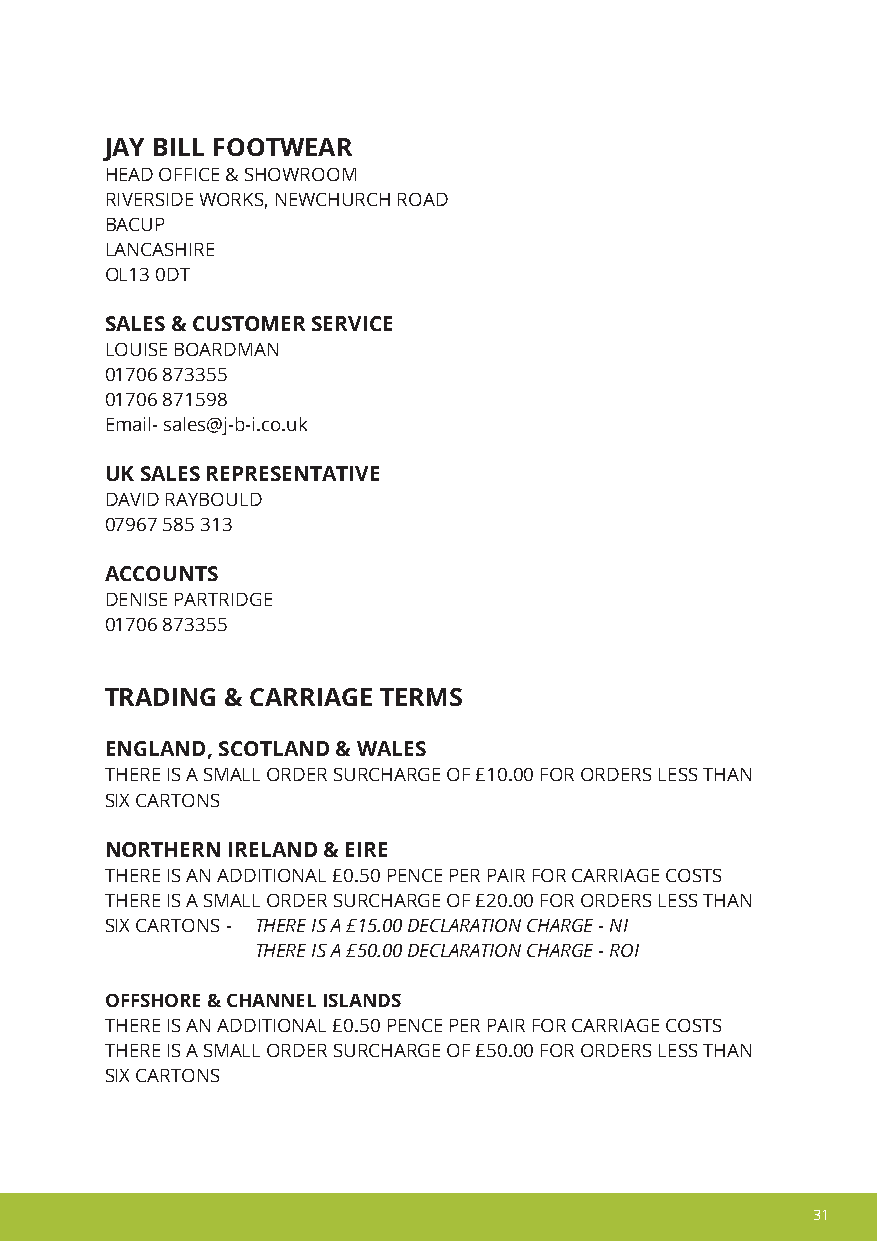
JAY BILL FOOTWEAR
 HEAD OFFICE & SHOWROOM
 RIVERSIDE WORKS, NEWCHURCH ROAD
 BACUP
 LANCASHIRE
 OL13 0DT
 SALES & CUSTOMER SERVICE
 LOUISE BOARDMAN
 01706 873355
 01706 871598
 Email- sales@j-b-i.co.uk
 UK SALES REPRESENTATIVE
 DAVID RAYBOULD
 07967 585 313
 ACCOUNTS
 DENISE PARTRIDGE
 01706 873355
 TRADING & CARRIAGE TERMS
 ENGLAND, SCOTLAND & WALES
 THERE IS A SMALL ORDER SURCHARGE OF £10.00 FOR ORDERS LESS THAN
 SIX CARTONS
 NORTHERN IRELAND & EIRE
 THERE IS AN ADDITIONAL £0.50 PENCE PER PAIR FOR CARRIAGE COSTS
 THERE IS A SMALL ORDER SURCHARGE OF £20.00 FOR ORDERS LESS THAN
 SIX CARTONS - THERE IS A £15.00 DECLARATION CHARGE - NI
 THERE IS A £50.00 DECLARATION CHARGE - ROI
 OFFSHORE & CHANNEL ISLANDS
 THERE IS AN ADDITIONAL £0.50 PENCE PER PAIR FOR CARRIAGE COSTS
 THERE IS A SMALL ORDER SURCHARGE OF £50.00 FOR ORDERS LESS THAN
 SIX CARTONS
 31